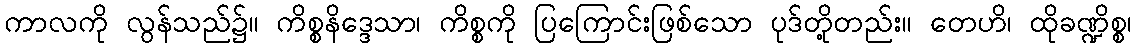
ကာလကို လွန်သည်၌။ ကိစ္စနိဒ္ဒေသာ၊ ကိစ္စကို ပြကြောင်းဖြစ်သော ပုဒ်တို့တည်း။ တေဟိ၊ ထိုခဏ္ဍိစ္စ၊